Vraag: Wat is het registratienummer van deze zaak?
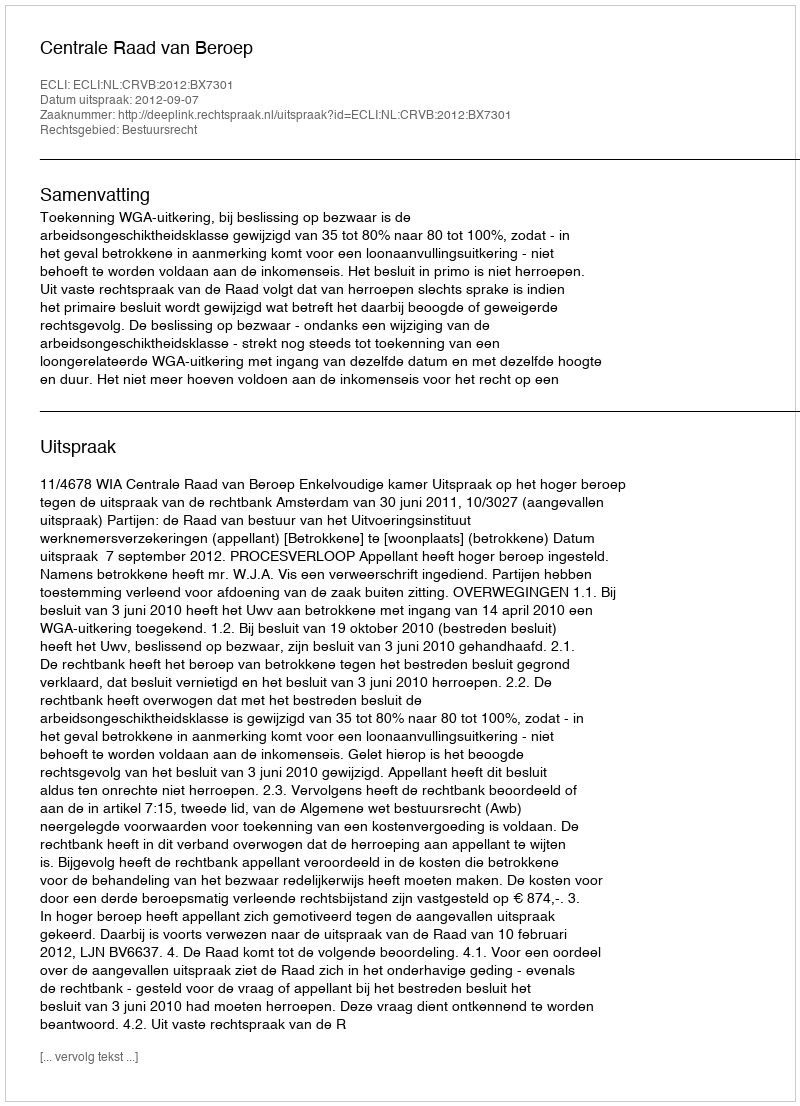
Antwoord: http://deeplink.rechtspraak.nl/uitspraak?id=ECLI:NL:CRVB:2012:BX7301